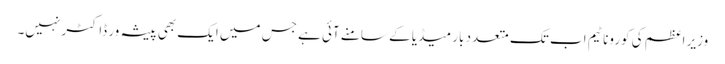
وزیر اعظم کی کورونا ٹیم اب تک متعدد بار میڈیا کے سامنے آئی ہے جس میں ایک بھی پیشہ ور ڈاکٹر نہیں۔